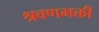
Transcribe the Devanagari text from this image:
श्रवणभक्ती